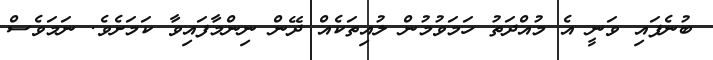
ބުނެފައި ވަނީ އެ މުއްދަތު ހަމަވުމުން ލުއިތަކެއް ދޭން ނިންމާފައިވާ ކަމަށެވެ. ނަމަވެސް